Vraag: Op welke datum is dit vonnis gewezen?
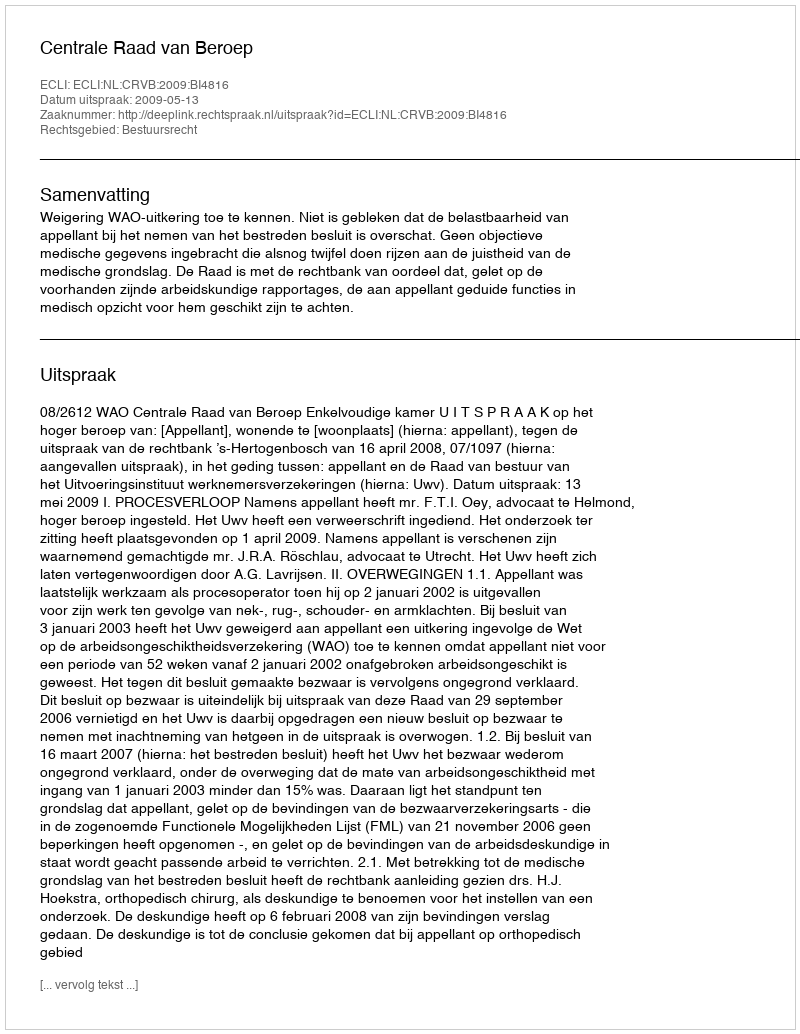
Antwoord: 2009-05-13